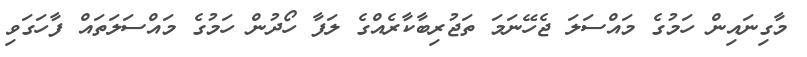
މާގިނައިން ހަމުގެ މައްސަލަ ޖެހޭނަމަ ތަޖުރިބާކާރެއްގެ ލަފާ ހޯދުން ހަމުގެ މައްސަލަތައް ފާހަގަވި